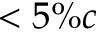
< 5 \% c